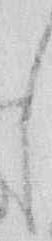
し